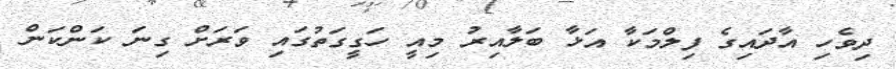
ދިވެހި އާދައިގެ ފިލްމަކާ އަޅާ ބަލާއިރު މިއީ ހަގީގަތުގައި ވަރަށް ގިނަ ކަންކަން